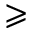
\geqslant